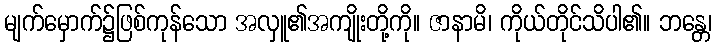
မျက်မှောက်၌ဖြစ်ကုန်သော အလှူ၏အကျိုးတို့ကို။ ဇာနာမိ၊ ကိုယ်တိုင်သိပါ၏။ ဘန္တေ၊